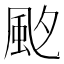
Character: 𩖡